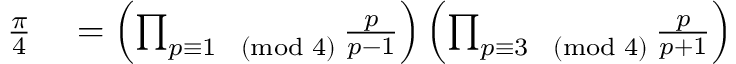
\begin{array} { r l } { { \frac { \pi } { 4 } } } & { { } = \left( \prod _ { p \equiv 1 { \pmod { 4 } } } { \frac { p } { p - 1 } } \right) \left( \prod _ { p \equiv 3 { \pmod { 4 } } } { \frac { p } { p + 1 } } \right) } \end{array}